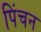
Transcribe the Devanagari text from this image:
पिंचन